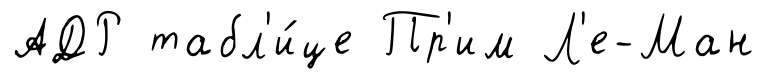
АДР табл'и́це Пр'им Л'е-Ман